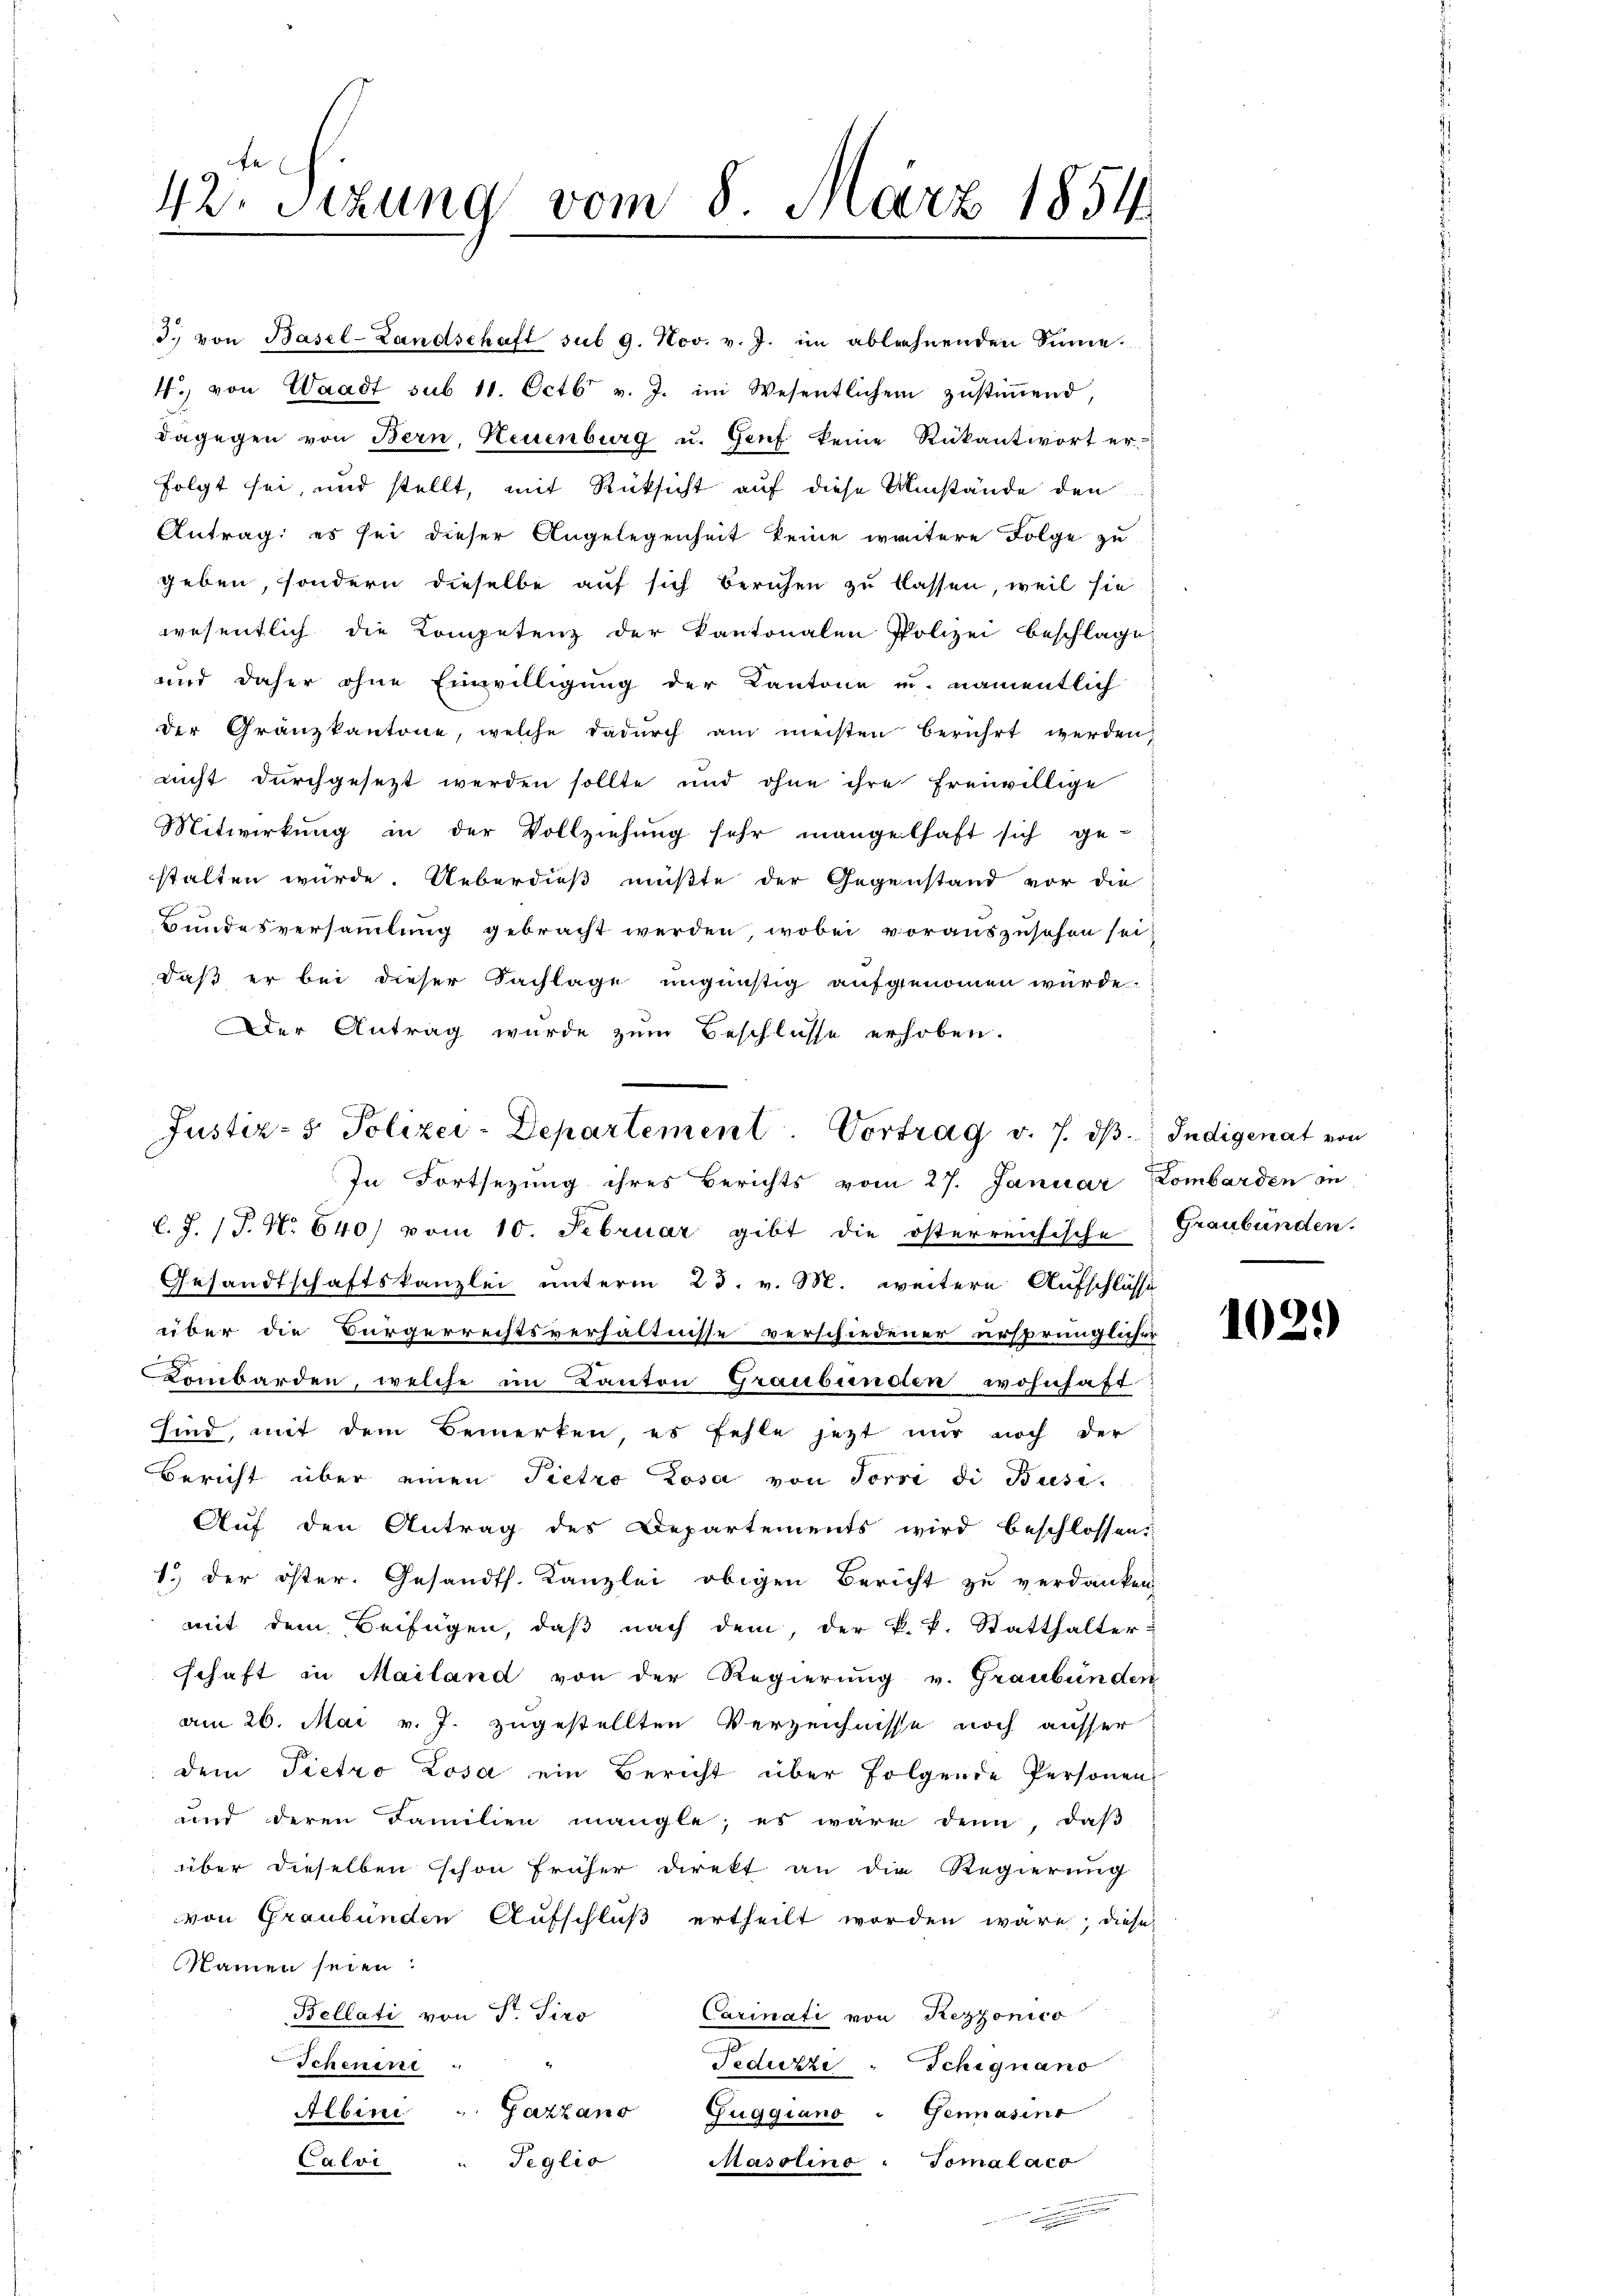
42 Sizung vom 8. März 1854

4., von Waadt sub 11. Octbr v. J. im Wesentlichen zŭstiṁend
dagegen von Bern, Neuenburg u. Genf keine Rükantwort er-
folgt sei, und stellt, mit Rüksicht auf diese Umstände den
Antrag: es sei dieser Angelegenheit keine weitere Folge zu
geben, sondern dieselbe auf sich beruhen zu lassen, weil sie
wesentlich die Kompetenz der Kantonalen Polizei beschlage,
und daher ohne Einwilligung der Kantone u. namentlich
der Gränzkantone, welche dadurch am meisten berührt werden,
nicht durchgesezt werden sollte und ohne ihre freiwillige
Mitwirkung in der Vollziehung sehr mangelhaft sich ge-
stalten würde. Ueberdieß mußte der Gegenstand vor die
Bundesversammlung gebracht werden, wobei vorauszusehen sei,
daß er bei dieser Sachlage ungünstig aufgenommen würde.
Der Antrag wurde zum Beschlüsse erhoben.

d. von Basel-Landtschaft sub 9. Nov. v. J. im ablehnenden Sinne

Justiz- & Polizei-Departement. Vortrag v. 7. dβ. Indigenat von
In Fortsezung ihres Berichts vom 27. Januar Lombarden zu

l.J. (T. No. 640/ vom 10. Februar gibt die österreichische Graubünden.
Gesandtschaftskanzlei unterm 23. v. M. weitere Aufschlüsse
über die Bürgerrechtsverhältnisse verschiedener ursprünglicher
Lombarden, welche im Kanton Graubünden wohnhaft-
sind, mit dem Bemerken es fehle jezt nur noch der
Bericht über einen Pietro Zosa von Torsi di Busi-
Auf den Antrag des Departements wird beschlossen:
1.) der öster. Gesandts. Kanzlei obigen Bericht zu verdanken
mit dem Beifügen, daß nach dem, der k. k. Statthalter
schaft in Mailand von der Regierung v. Graubünden
am 26. Mai v. J. zugestellten Verzeichnisse noch ausser
dem Pietro Zosa ein Bericht über folgende Personen
und deren Familien mangle, es wäre denn, daβ
über dieselben schon früher direkt an die Regierung
von Graubünden Aufschluß ertheilt worden wäre; diese
Namen seien:
Bellati von Str. Tiro
Carinati von Rezzonico
Schenen
Feduzzi " Schignano
Albini " Gattano Guggiano " Genasino
Teglio
Masolina Tomalaco
Calvi
.

102)